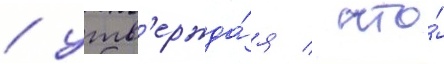
/ утв'ержда́я / что́